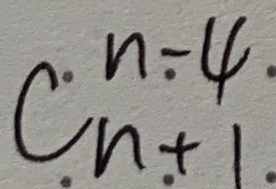
C _ { n + 1 } ^ { n - 4 }